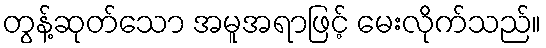
တွန့်ဆုတ်သော အမူအရာဖြင့် မေးလိုက်သည်။